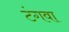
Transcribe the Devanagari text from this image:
टंगवा